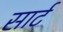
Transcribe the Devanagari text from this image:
सार्ट